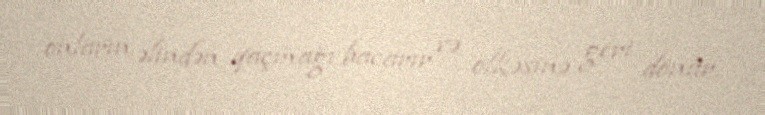
onların əlindən qaçmağı bacarır və ölkəsinə geri dönür.